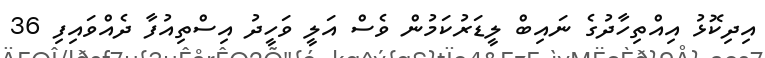
އިދިކޮޅު އިއްތިހާދުގެ ނައިބް ލީޑަރުކަމުން ވެސް އަލީ ވަހީދު އިސްތިއުފާ ދެއްވައިފި 36